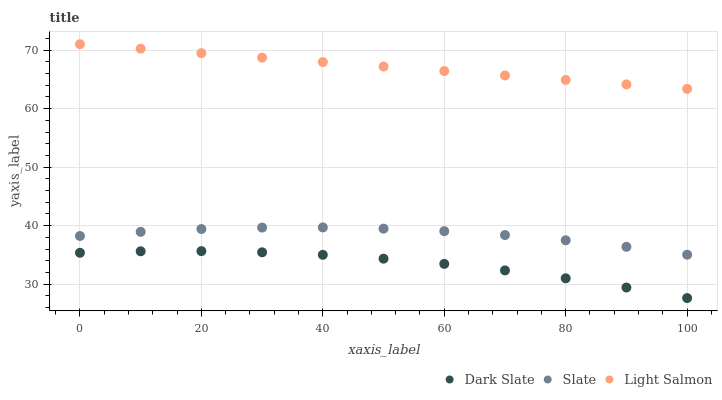
| xaxis_label | Dark Slate | Slate | Light Salmon |
 | --- | --- | --- | --- |
 | 0 | 35.4 | 38.2 | 71 |
 | 10 | 35.6 | 38.9 | 70.2 |
 | 20 | 35.7 | 39.4 | 69.5 |
 | 30 | 35.5 | 39.7 | 68.7 |
 | 40 | 35 | 39.7 | 67.9 |
 | 50 | 34.4 | 39.5 | 67.2 |
 | 60 | 33.5 | 39.1 | 66.4 |
 | 70 | 32.4 | 38.4 | 65.7 |
 | 80 | 31 | 37.5 | 64.9 |
 | 90 | 29.4 | 36.4 | 64.1 |
 | 100 | 27.6 | 35 | 63.4 |